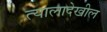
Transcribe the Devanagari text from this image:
त्यालादेखील